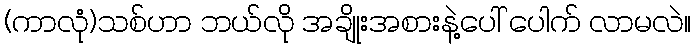
(ကာလုံ)သစ်ဟာ ဘယ်လို အချိုးအစားနဲ့ပေါ် ပေါက် လာမလဲ။